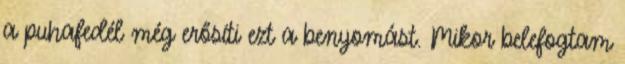
a puhafedél még erősíti ezt a benyomást. Mikor belefogtam